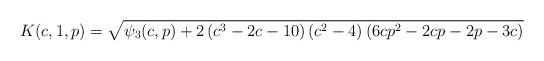
LaTeX: \begin{align*}K(c,1,p) = \sqrt{\psi_3(c,p)+2 \left(c^3-2 c-10\right) \left(c^2-4\right) \left(6cp^2-2cp-2p-3c\right)}\end{align*}